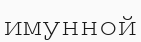
имунной